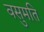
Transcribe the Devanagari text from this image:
वसुमति